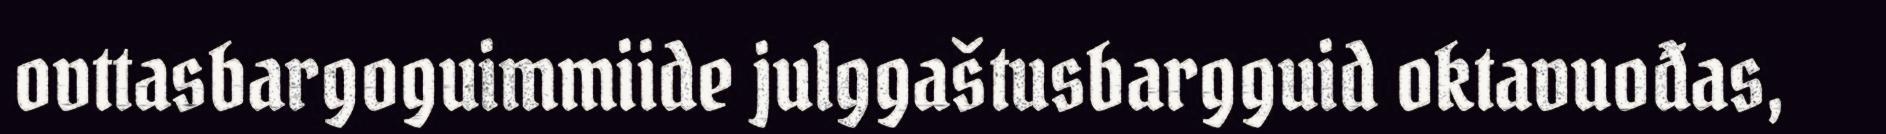
ovttasbargoguimmiide julggaštusbargguid oktavuođas,